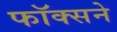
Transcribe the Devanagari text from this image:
फॉक्सने